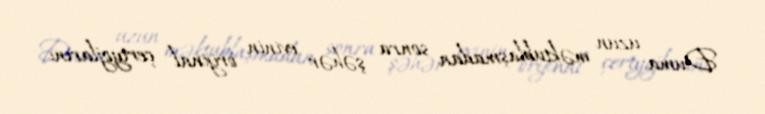
Duma uzun məktublaşmadan sonra şəhər evinin orijinal çertyojlarını